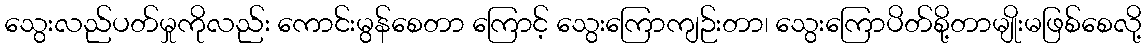
သွေးလည်ပတ်မှုကိုလည်း ကောင်းမွန်စေတာ ကြောင့် သွေးကြောကျဉ်းတာ၊ သွေးကြောပိတ်စို့တာမျိုးမဖြစ်စေလို့